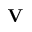
\mathbf { V }